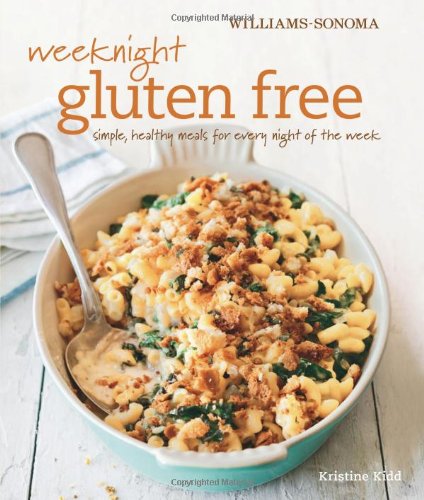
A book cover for Weeknight Gluten Free (Williams-Sonoma): Simple, healthy meals for every night of the week; Kristine Kidd; Cookbooks, Food & Wine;